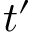
t ^ { \prime }